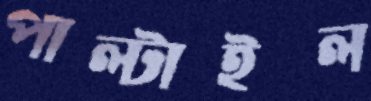
পাল্‌টাইল